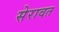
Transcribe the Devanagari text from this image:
सेरावत